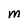
Character: M